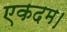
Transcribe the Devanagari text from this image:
एकदम।